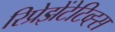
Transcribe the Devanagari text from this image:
रिप्रेझेंटेटिव्ह्स